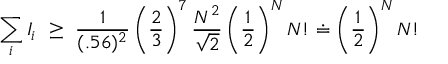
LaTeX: \sum _ { i } I _ { i } \, \, \ge \, \, \displaystyle { \frac { 1 } { ( . 5 6 ) ^ { 2 } } } \left( \displaystyle { \frac { 2 } { 3 } } \right) ^ { 7 } \displaystyle { \frac { N ^ { 2 } } { \sqrt { 2 } } } \left( \displaystyle { \frac { 1 } { 2 } } \right) ^ { N } N ! \doteq \left( \displaystyle { \frac { 1 } { 2 } } \right) ^ { N } N !